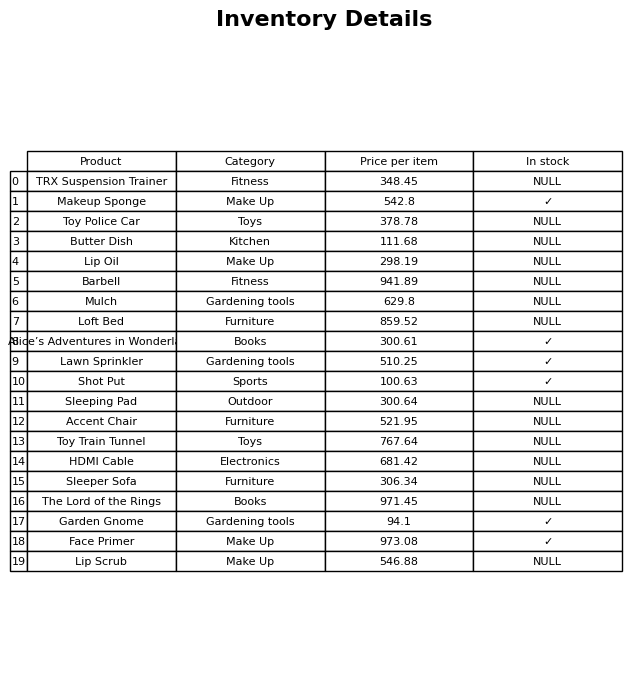
question: What is the price for Shot Put?
answer: The price of Shot Put is 100.63.